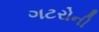
ગટરોની